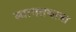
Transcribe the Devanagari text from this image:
स्वागतयात्रा